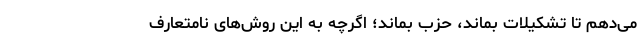
می‌دهم تا تشکیلات بماند، حزب بماند؛ اگرچه به این روش‌های نامتعارف